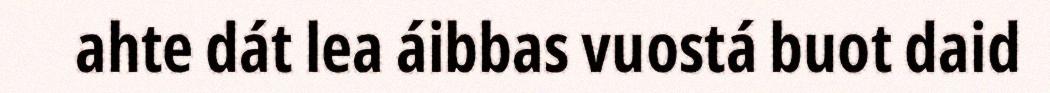
ahte dát lea áibbas vuostá buot daid